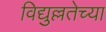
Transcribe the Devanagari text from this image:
विद्युल्लतेच्या